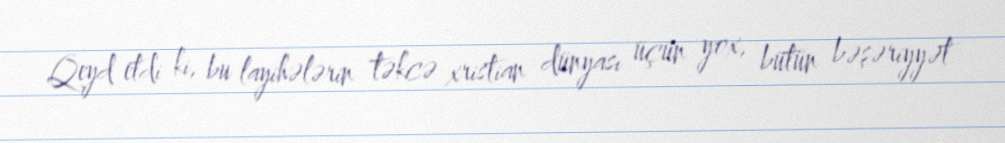
Qeyd etdi ki, bu layihələrin təkcə xristian dünyası üçün yox, bütün bəşəriyyət